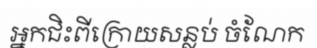
អ្នកជិះពីក្រោយសន្លប់ ចំណែក